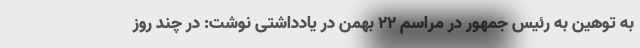
به توهین به رئیس جمهور در مراسم 22 بهمن در یادداشتی نوشت: در چند روز